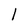
Character: 1